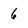
Character: 6